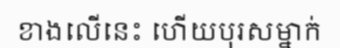
ខាងលើនេះ ហើយបុរសម្នាក់